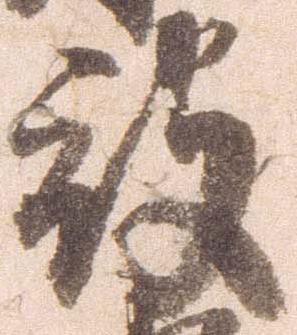
被